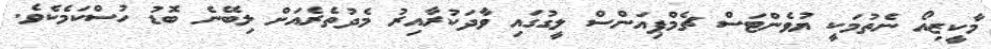
މާކީޒިއޯ ނެތުމަކީ ޔުވެންޓަސް ޗެމްޕިއަންސް ލީގުގައި ވާދަކުރާއިރު މެދުތެރެއަށް ލިބޭނެ ބޮޑު ހުސްކަމެކެވެ.